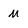
Character: m